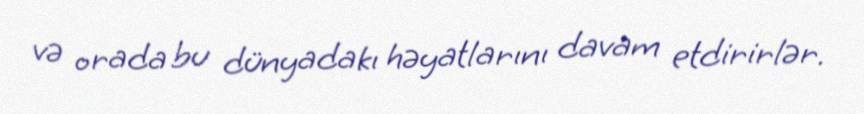
və orada bu dünyadakı həyatlarını davam etdirirlər.